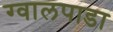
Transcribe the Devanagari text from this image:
ग्वालपाडा